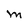
Character: M